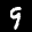
Label: 9